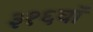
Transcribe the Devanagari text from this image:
३१६वॉ